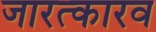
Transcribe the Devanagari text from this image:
जारत्कारव